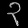
Digit: ၃